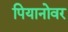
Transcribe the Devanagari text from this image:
पियानोवर